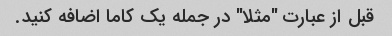
قبل از عبارت "مثلا" در جمله یک کاما اضافه کنید.